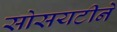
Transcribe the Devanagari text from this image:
सोसयटीने